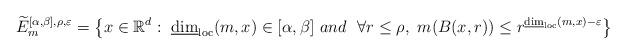
LaTeX: \begin{align*} {\widetilde{E}_{m}^{[\alpha,\beta],\rho,\varepsilon}=\left\{x\in\mathbb{R}^d : \ \underline\dim_{{\rm loc}}(m,x)\in[\alpha,\beta] \ and \ \ \forall r\leq \rho, \ m(B(x,r))\leq r^{\underline{\dim}_{\mathrm{loc}} (m,x)-\varepsilon}\right\}}\end{align*}